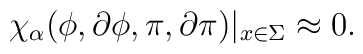
\chi_{\alpha}(\phi,\partial\phi, \pi, \partial\pi)|_{x\in    \Sigma} \approx 0.